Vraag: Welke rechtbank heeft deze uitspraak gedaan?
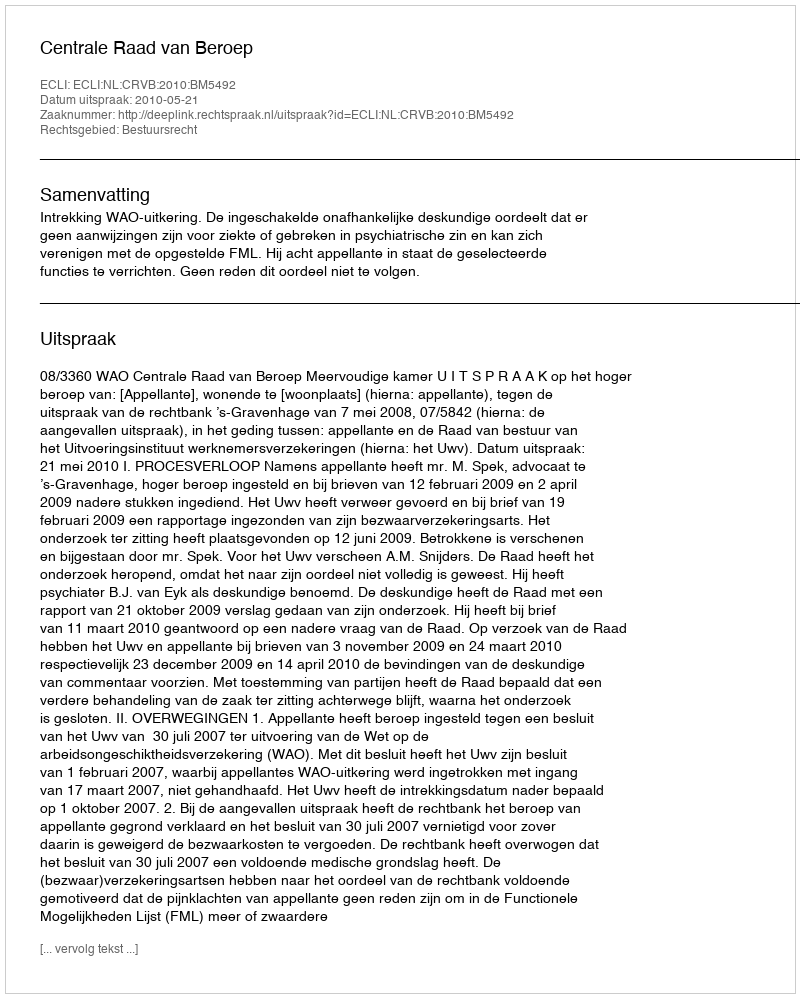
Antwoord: Centrale Raad van Beroep